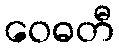
ဝေဓတီ